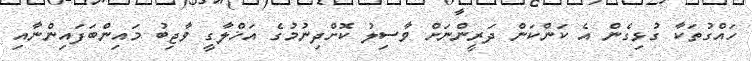
ހައްގުތަކާ ގުޅިގެން އެ ކަންކަން ދަރީންނަށް ވާސިލު ކޮށްދިނުމުގެ އަޚްލާގީ ވާޖިބު މައިންބަފައިންނާއި